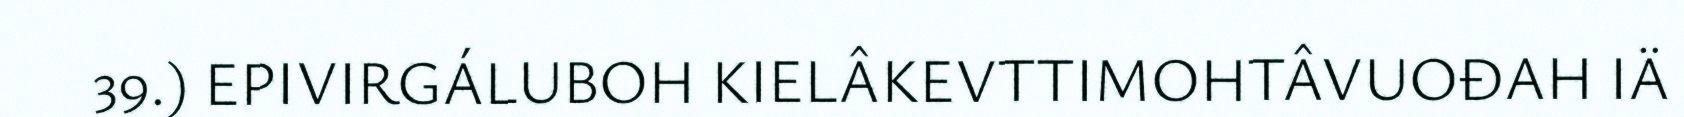
39.) EPIVIRGÁLUBOH KIELÂKEVTTIMOHTÂVUOĐAH IÄ